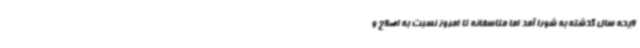
لایحه سال گذشته به شورا آمد اما متاسفانه تا امروز نسبت به اصلاح و